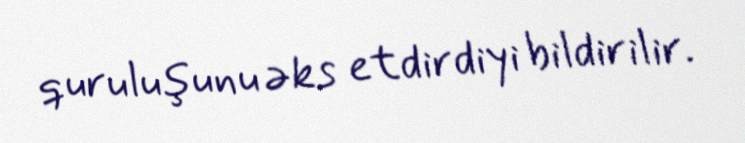
quruluşunu əks etdirdiyi bildirilir.